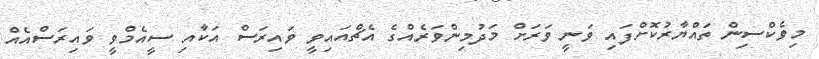
މިވެކްސިން ތައްޔާރުކޮށްފައި ވަނީ ވަރަށް މަދުމިންވަރެއްގެ އެޗްއައިވީ ވައިރަސް އަކާއި ސީއެމްވީ ވައިރަސްއެއް